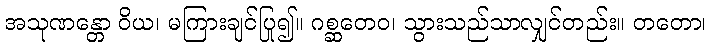
အသုဏန္တော ဝိယ၊ မကြားချင်ပြု၍။ ဂစ္ဆတေဝ၊ သွားသည်သာလျှင်တည်း။ တတော၊